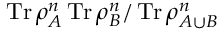
\operatorname { T r } \rho _ { A } ^ { n } \operatorname { T r } \rho _ { B } ^ { n } / \operatorname { T r } \rho _ { A \cup B } ^ { n }